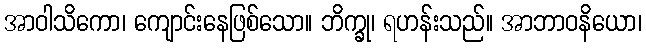
အာဝါသိကော၊ ကျောင်းနေဖြစ်သော။ ဘိက္ခု၊ ရဟန်းသည်။ အာဘာဝနိယော၊